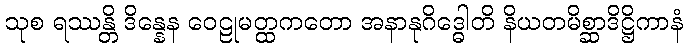
သုစ ရဿန္တိ ဒိန္နေန ဝေဠုမတ္ထကတော အနာနုဂိဒ္ဓေါတိ နိယတမိစ္ဆာဒိဋ္ဌိကာနံ